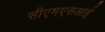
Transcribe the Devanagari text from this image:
सीएमएसआई